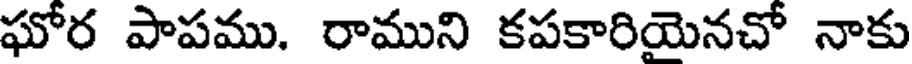
ఘోర పాపము. రాముని కపకారియెనచో నాకు